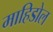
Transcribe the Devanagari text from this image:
माहिडोल